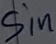
Text: Sin